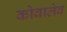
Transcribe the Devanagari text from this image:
कोवालेव